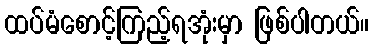
ထပ်မံစောင့်ကြည့်ရအုံးမှာ ဖြစ်ပါတယ်။